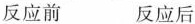
反应前 反应后